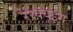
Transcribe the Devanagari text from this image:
रेस्‍क्‍यूइंग